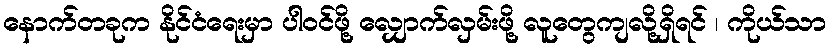
နောက်တခုက နိုင်ငံရေးမှာ ပါဝင်ဖို့ လျှောက်လှမ်းဖို့ လူတွေကျလို့ရှိရင် ၊ ကိုယ်သာ